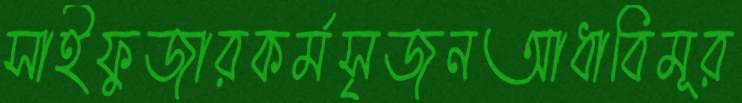
সাইফুজারকর্মসৃজনআধাবিমূর